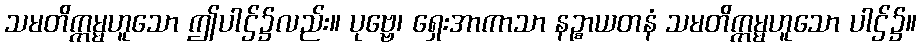
သမတိက္ကမ္မဟူသော ဤပါဌ်၌လည်း။ ပုဗ္ဗေ၊ ရှေးအာကာသာ နဉ္စာယတနံ သမတိက္ကမ္မဟူသော ပါဌ်၌။